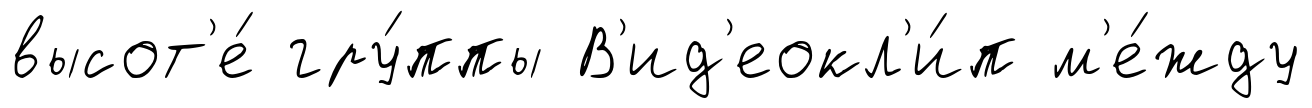
высот'е́ гру́ппы В'ид'еокл'и́п м'е́жду